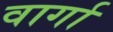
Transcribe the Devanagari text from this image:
वार्गा